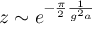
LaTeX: z \sim e ^ { - \frac { \pi } 2 \frac 1 { g ^ { 2 } a } }